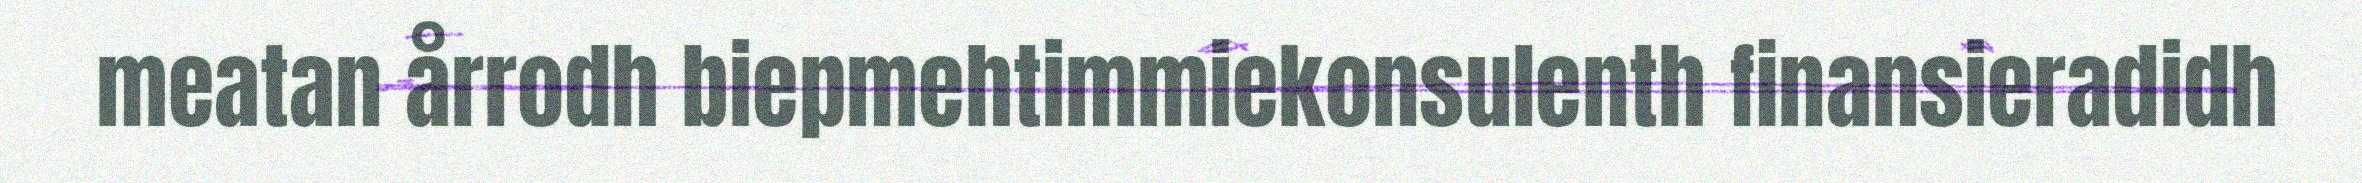
meatan årrodh biepmehtimmiekonsulenth finansieradidh